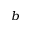
^ { b }